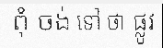
ពុំ ចង់ ទៅ ថា ផ្លូវ